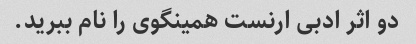
دو اثر ادبی ارنست همینگوی را نام ببرید.